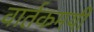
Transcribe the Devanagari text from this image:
वार्तकमयी